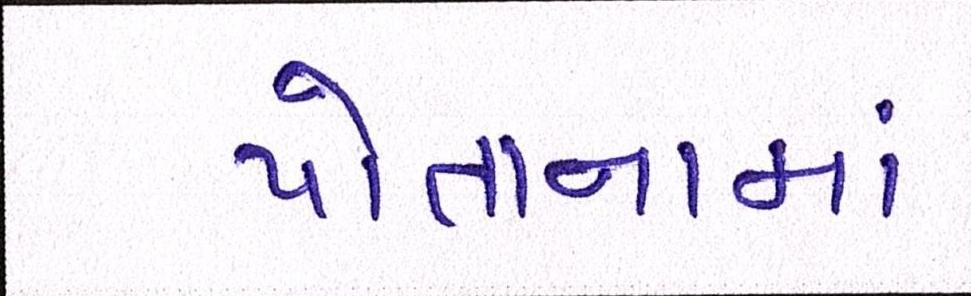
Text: પોતાનામાં